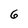
Character: 6